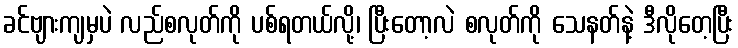
ခင်ဗျားကျမှပဲ လည်စလုတ်ကို ပစ်ရတယ်လို့၊ ပြီးတော့လဲ စလုတ်ကို သေနတ်နဲ့ ဒီလိုတေ့ပြီး